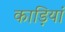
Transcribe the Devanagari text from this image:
काड़ियां